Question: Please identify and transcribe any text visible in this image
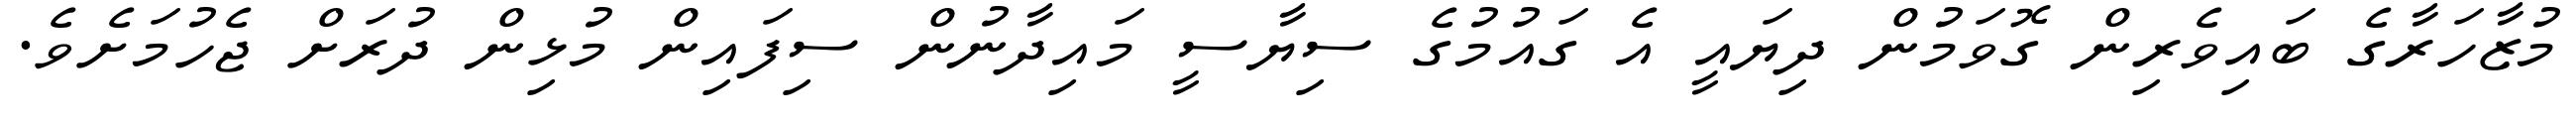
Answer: މުޒާހަރާގެ ބައިވެރިން ގޮވަމުން ދިޔައީ އެ ގައުމުގެ ސިޔާސީ މައިދާނުން ސިފައިން މުޅިން ދުރަށް ޖެހުމަށެވެ.